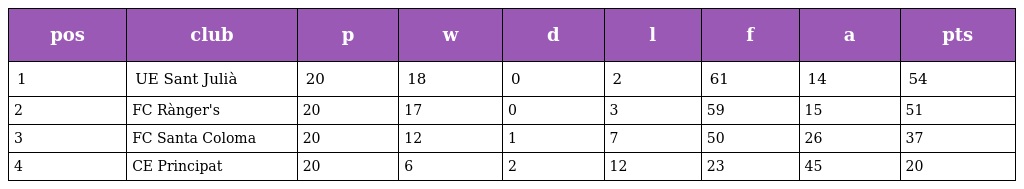
| pos | club | p | w | d | l | f | a | pts |
 | --- | --- | --- | --- | --- | --- | --- | --- | --- |
 | 1 | UE Sant Julià | 20 | 18 | 0 | 2 | 61 | 14 | 54 |
 | 2 | FC Rànger's | 20 | 17 | 0 | 3 | 59 | 15 | 51 |
 | 3 | FC Santa Coloma | 20 | 12 | 1 | 7 | 50 | 26 | 37 |
 | 4 | CE Principat | 20 | 6 | 2 | 12 | 23 | 45 | 20 |